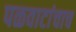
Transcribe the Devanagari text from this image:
पळवाटांचाच